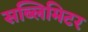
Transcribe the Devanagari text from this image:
सब्लिमिटर